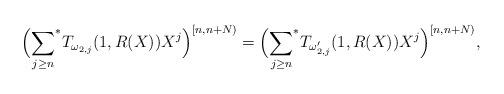
LaTeX: \begin{align*}\Big({\sum_{j\ge n}}^*T_{\omega_{2,j}}(1,R(X))X^j\Big)^{[n,n+N)}=\Big({\sum_{j\ge n}}^*T_{\omega'_{2,j}}(1,R(X))X^j\Big)^{[n,n+N)},\end{align*}